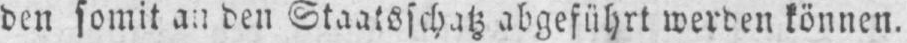
den Staatsschatz abgeführt werden können.